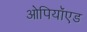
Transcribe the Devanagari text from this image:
ओपियॉएड